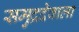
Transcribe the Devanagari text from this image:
समुद्रदेवाला